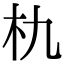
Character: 朹